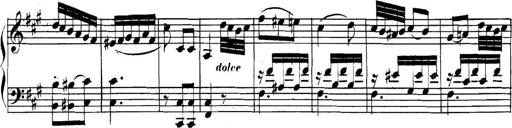
Title: Collected Piano Sonatas
Composer: Muzio Clementi